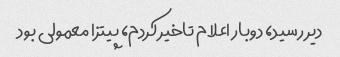
دیر رسید، دوبار اعلام تاخیر کردم، پیتزا معمولی بود